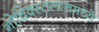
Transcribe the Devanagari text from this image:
नोचिक्स्तलानमध्ये